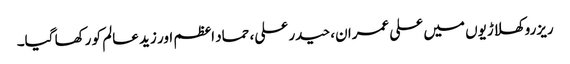
ریزرو کھلاڑیوں میں علی عمران، حیدر علی، حماد اعظم اور زید عالم کو رکھا گیا۔